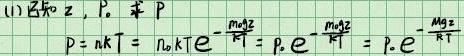
(1) 已知 \(z\)，\(P_0\) 求 \(P\)
\(P = n k T=n_0 k T e^{-\frac{m_0 g z}{k T}}=P_0 e^{-\frac{m_0 g z}{k T}}=P_0 e^{-\frac{M g z}{R T}}\)